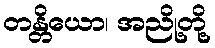
တန္တိယော၊ အညို့တို့